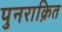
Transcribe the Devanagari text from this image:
पुनराक्रित